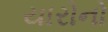
યારોનો